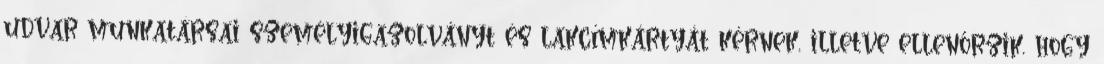
udvar munkatársai személyigazolványt és lakcímkártyát kérnek, illetve ellenőrzik, hogy